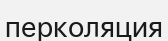
перколяция